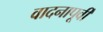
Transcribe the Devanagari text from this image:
वादनापूर्वी